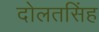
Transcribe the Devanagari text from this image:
दोलतसिंह